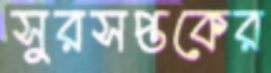
সুরসপ্তকের